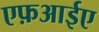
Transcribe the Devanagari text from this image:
एफ़आईए